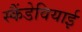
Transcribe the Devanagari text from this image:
स्कैंडेवियाई